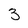
Character: 3